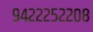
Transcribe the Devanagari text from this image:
९४२२२५२२०८